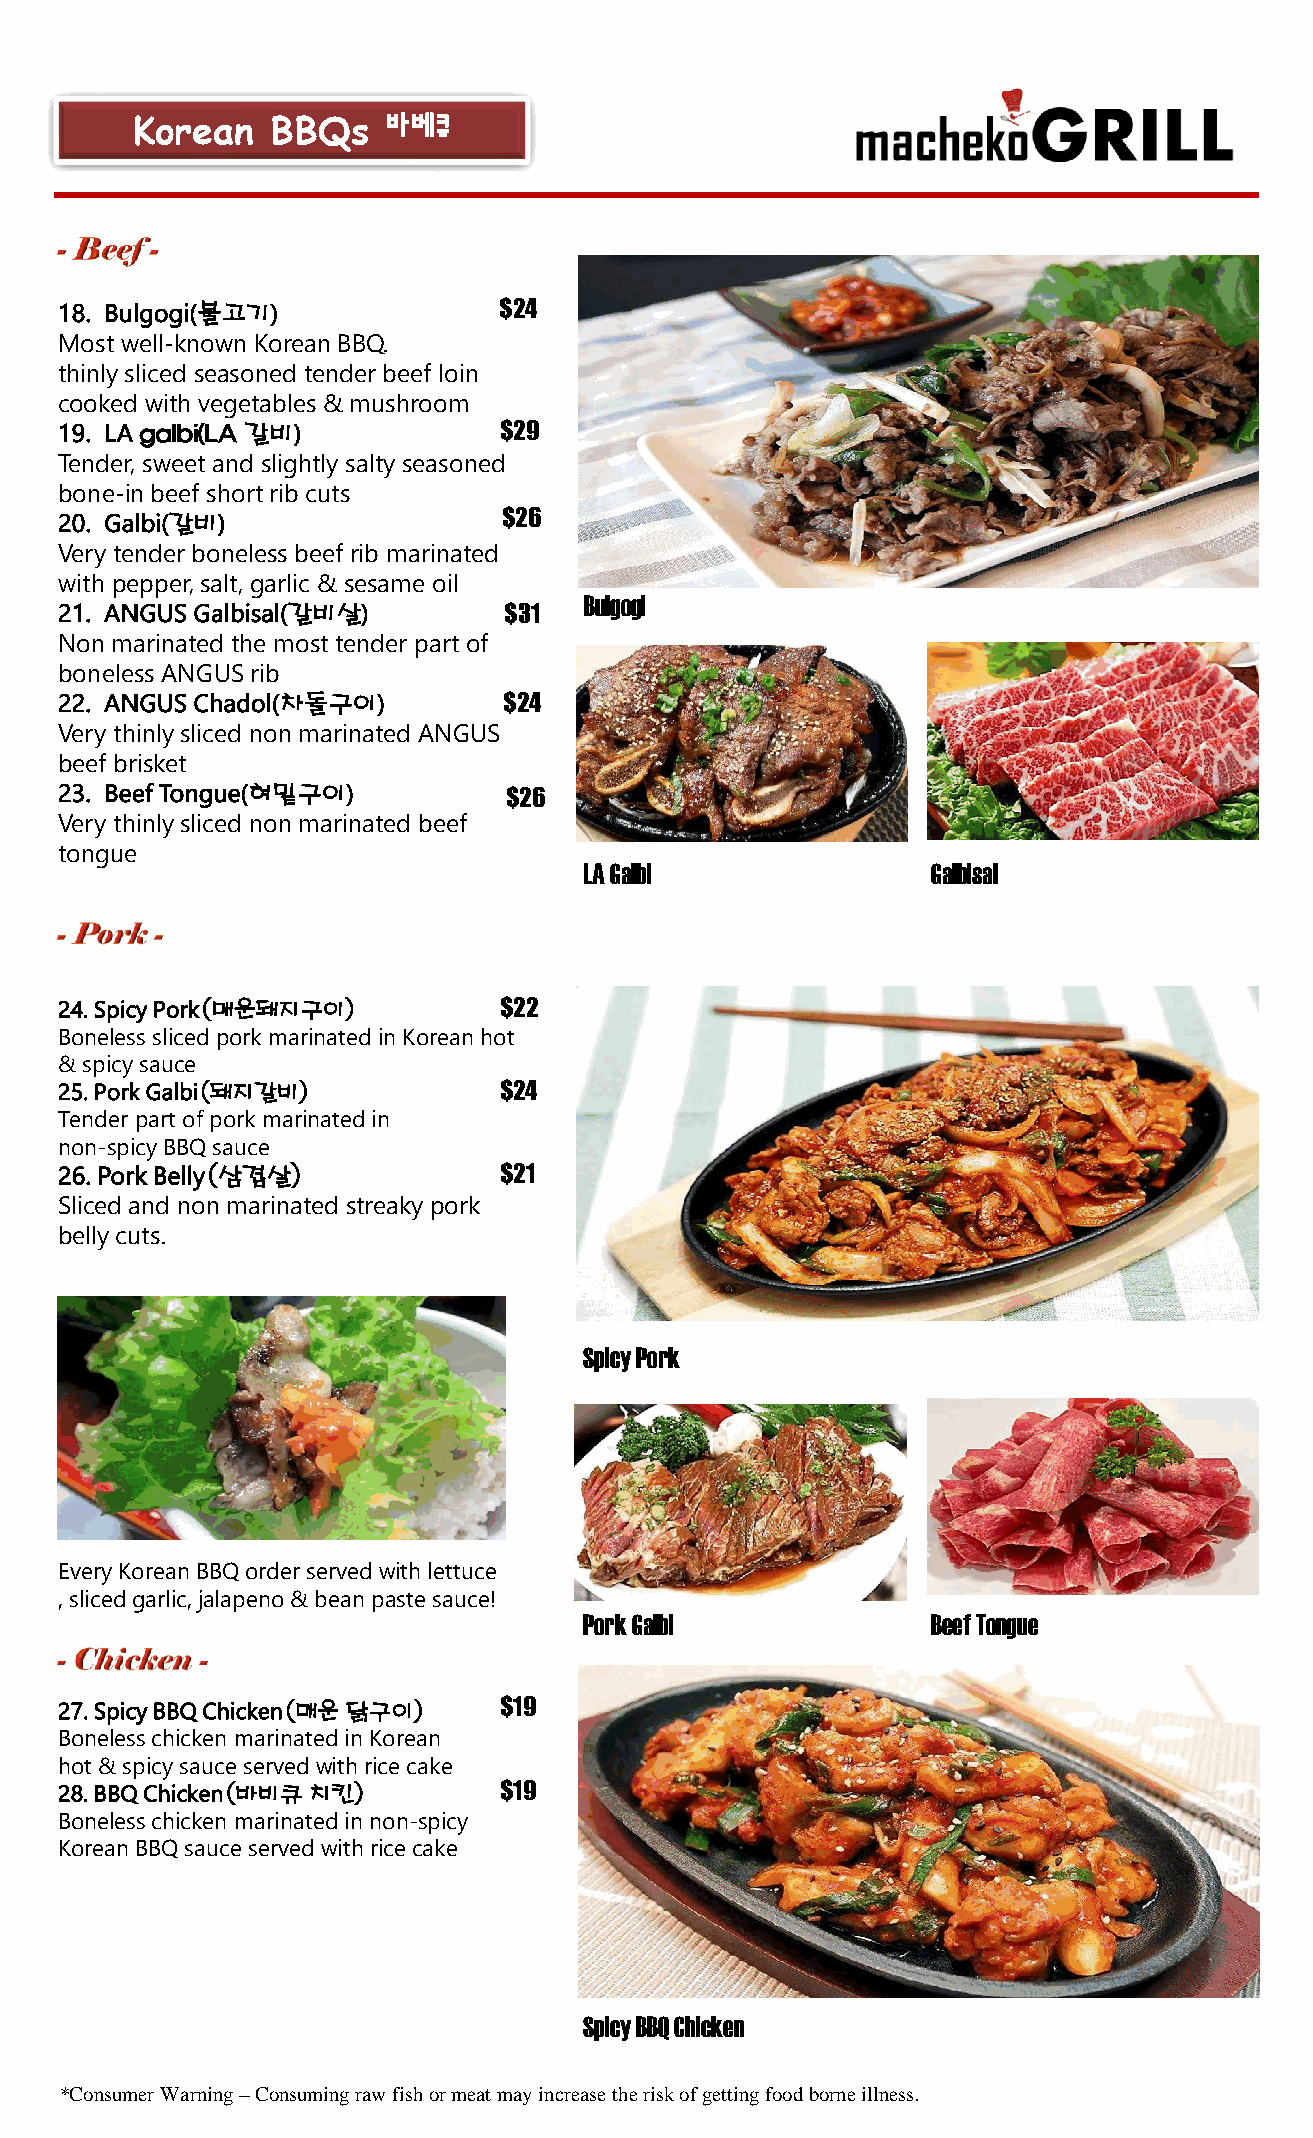
Korean   BBQs    바베큐
 18. Bulgogi(불고기)             $24
 Most well-known Korean BBQ.
 thinly sliced seasoned tender beef loin
 cooked with vegetables & mushroom
 19. LA galbi(LA 갈비)          $29
 Tender, sweet and slightly salty seasoned
 bone-in beef short rib cuts
 20. Galbi(갈비)                $26
 Very tender boneless beef rib marinated
 with pepper,salt, garlic & sesame oil
 Bulgogi
 21. ANGUS Galbisal(갈비살)      $31
 Non marinated the most tender part of
 boneless ANGUS rib
 22. ANGUS Chadol(차돌구이)       $24
 Very thinly sliced non marinated ANGUS
 beef brisket
 23. Beef Tongue(혀밑구이)         $26
 Very thinly sliced non marinated beef
 tongue
 LA Galbi               Galbisal
 24. Spicy Pork(매운돼지구이)       $22
 Boneless sliced pork marinated in Korean hot
 & spicy sauce
 25. Pork Galbi(돼지갈비)         $24
 Tender part of pork marinated in
 non-spicy BBQ sauce
 26. Pork Belly(삼겹살)          $21
 Sliced and non marinated streaky pork
 belly cuts.
 Spicy Pork
 x
 Every Korean BBQ order served with lettuce
 , sliced garlic, jalapeno & bean paste sauce!
 Pork Galbi             Beef Tongue
 27. Spicy BBQ Chicken(매운닭구이) $19
 Boneless chicken marinated in Korean
 hot & spicy sauce servedwith rice cake
 28. BBQ Chicken(바비큐치킨)       $19
 Boneless chicken marinated in non-spicy
 Korean BBQ sauce served with rice cake
 Spicy BBQ Chicken
 *Consumer Warning –Consuming raw fish or meat may increase the risk of getting food borne illness.